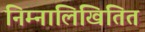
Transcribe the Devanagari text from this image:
निम्नालिखितित